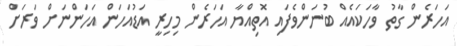
އަހަރެން ގާތު ވާހަކައެއް ބުނަންވެފައި އޮތިއްޔާ އަހަރެން މިހިރީ އަޑުއަހަން އަހަންނަށް ވަރަށް